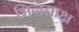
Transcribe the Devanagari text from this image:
भिनताक्ष